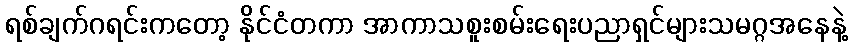
ရစ်ချက်ဂရင်းကတော့ နိုင်ငံတကာ အာကာသစူးစမ်းရေးပညာရှင်များသမဂ္ဂအနေနဲ့